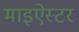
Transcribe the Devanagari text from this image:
माइऐस्टर